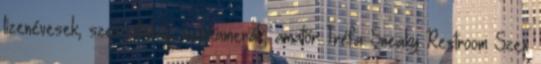
tizenévesek, szex játékok, webkamerák, amatőr Tréfa Sneaky Restroom Szex